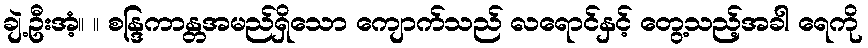
ချဲ့ဦးအံ့။ ။ စန္ဒြကာန္တအမည်ရှိသော ကျောက်သည် လရောင်နှင့် တွေ့သည့်အခါ ရေကို